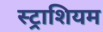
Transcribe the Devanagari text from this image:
स्ट्राशियम